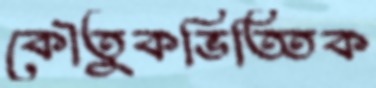
কৌতুকভিত্তিক